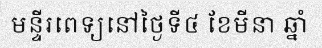
មន្ទីរពេទ្យនៅថ្ងៃទី៤ ខែមីនា ឆ្នាំ